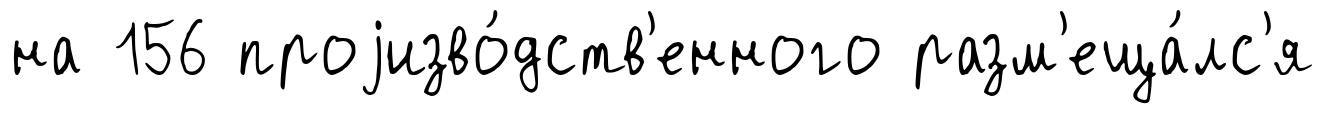
на 156 проjизво́дств'енного разм'еща́лс'я